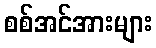
စစ်အင်အားများ